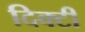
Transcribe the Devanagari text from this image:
दिक्टी